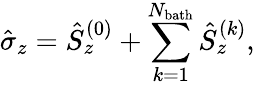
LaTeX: \hat{\sigma}_{z}=\hat{S}_{z}^{(0)}+\sum_{k=1}^{N_{\mathrm{bath}}}\hat{S}_{z}^{(k)},